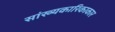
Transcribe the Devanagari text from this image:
सांख्यकारिकाकार